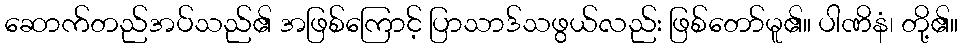
ဆောက်တည်အပ်သည်၏ အဖြစ်ကြောင့် ပြာသာဒ်သဖွယ်လည်း ဖြစ်တော်မူ၏။ ပါဏိနံ၊ တို့၏။